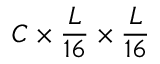
C \times \frac { L } { 1 6 } \times \frac { L } { 1 6 }